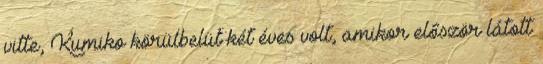
vitte, Kumiko körülbelül két éves volt, amikor először látott